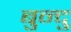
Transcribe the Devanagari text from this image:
बुन्दु